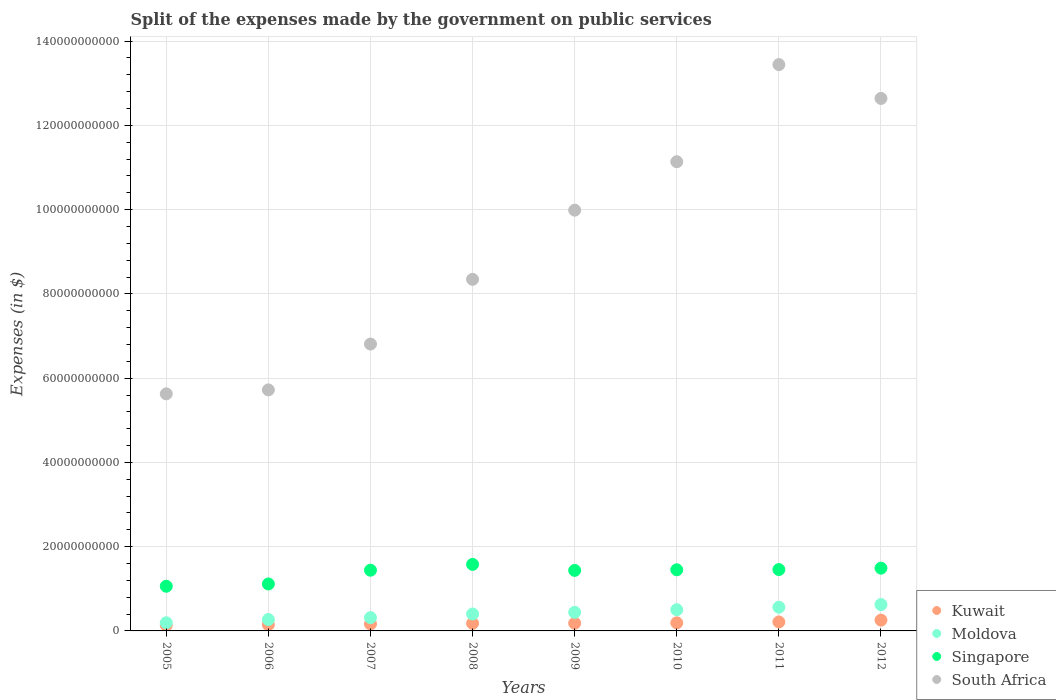
| Years | Kuwait | Moldova | Singapore | South Africa |
 | --- | --- | --- | --- | --- |
 | 2005 | 1.35e+09 | 1.94e+09 | 1.06e+10 | 5.63e+10 |
 | 2006 | 1.47e+09 | 2.7e+09 | 1.11e+10 | 5.72e+10 |
 | 2007 | 1.66e+09 | 3.15e+09 | 1.44e+10 | 6.81e+10 |
 | 2008 | 1.79e+09 | 4.02e+09 | 1.58e+10 | 8.35e+10 |
 | 2009 | 1.82e+09 | 4.41e+09 | 1.44e+10 | 9.99e+10 |
 | 2010 | 1.92e+09 | 5.03e+09 | 1.45e+10 | 1.11e+11 |
 | 2011 | 2.13e+09 | 5.63e+09 | 1.46e+10 | 1.34e+11 |
 | 2012 | 2.56e+09 | 6.25e+09 | 1.49e+10 | 1.26e+11 |